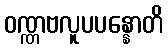
ဝဏ္ဏဗလူပပန္နောတိ